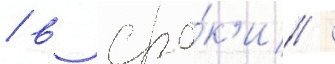
/ в сро́к'и /